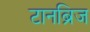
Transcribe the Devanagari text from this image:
टानब्रिज